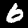
Digit: 6